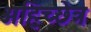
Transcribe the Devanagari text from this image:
अहिच्छेत्र